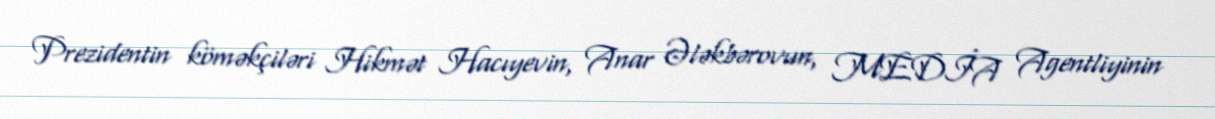
Prezidentin köməkçiləri Hikmət Hacıyevin, Anar Ələkbərovun, MEDİA Agentliyinin